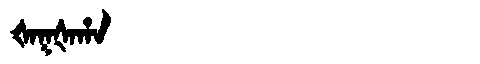
Manchu: ᡧᠠᡴᡧᠠᡥᠠ
Romanization: ŠAKŠAHA